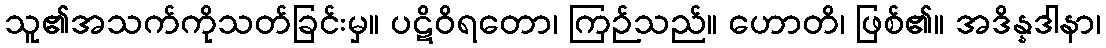
သူ၏အသက်ကိုသတ်ခြင်းမှ။ ပဋိဝိရတော၊ ကြဉ်သည်။ ဟောတိ၊ ဖြစ်၏။ အဒိန္နဒါနာ၊